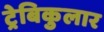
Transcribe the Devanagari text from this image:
ट्रेबिकुलार